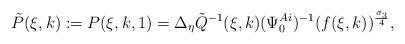
LaTeX: \begin{align*} \tilde{P}(\xi,k):=P(\xi,k,1)=\Delta_{\eta}{\tilde{Q}}^{-1}(\xi,k)(\Psi_0^{Ai})^{-1}(f(\xi,k))^{\frac{\sigma_3}{4}},\end{align*}